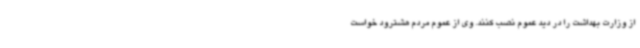
از وزارت بهداشت را در دید عموم نصب کنند. وی از عموم مردم هشترود خواست